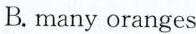
B.many oranges